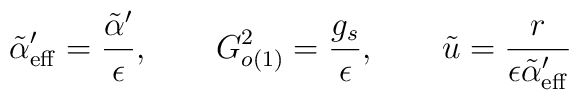
\tilde\alpha'_{\rm eff} = \frac{\tilde\alpha'}{\epsilon},\qquad  G_{o(1)}^2 = \frac{g_{s}}{\epsilon}, \qquad  \tilde{u} = \frac{r}{\epsilon\tilde{\alpha}'_{\rm eff}}